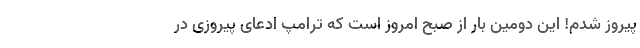
پیروز شدم! این دومین بار از صبح امروز است که ترامپ ادعای پیروزی در